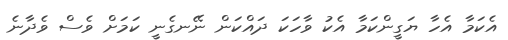
އެކަމާ އެހާ ޔަގީންކަމާ އެކު ވާހަކަ ދައްކަން ނޭނގެނީ ކަމަށް ވެސް ވެދާނެ